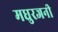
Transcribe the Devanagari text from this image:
मधुरजनी